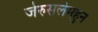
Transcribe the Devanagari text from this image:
जेरुसलेमहुन